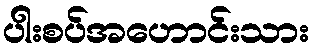
ပါးစပ်အဟောင်းသား